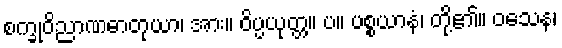
စက္ခုဝိညာဏဓာတုယာ၊ အား။ ဝိပ္ပယုတ္တ။ ပ။ ပစ္စယာနံ၊ တို့၏။ ဝသေန၊